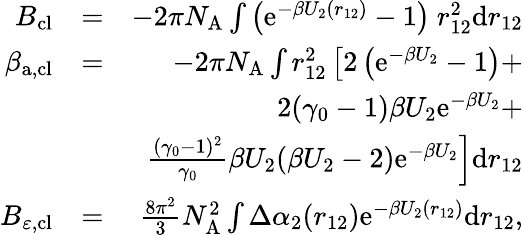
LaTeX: \begin{array}{rlr}{B_{\mathrm{cl}}}&{=}&{-2\pi N_{\mathrm{A}}\int\left(\mathrm{e}^{-\beta U_{2}(r_{12})}-1\right)~r_{12}^{2}\mathrm{d}r_{12}}\\ {\beta_{\mathrm{a,cl}}}&{=}&{-2\pi N_{\mathrm{A}}\int r_{12}^{2}\left[2\left(\mathrm{e}^{-\beta U_{2}}-1\right)+\right.}\\ &{}&{2(\gamma_{0}-1)\beta U_{2}\mathrm{e}^{-\beta U_{2}}+}\\ &{}&{\left.\frac{(\gamma_{0}-1)^{2}}{\gamma_{0}}\beta U_{2}(\beta U_{2}-2)\mathrm{e}^{-\beta U_{2}}\right]\mathrm{d}r_{12}}\\ {B_{\varepsilon,\mathrm{cl}}}&{=}&{\frac{8\pi^{2}}{3}N_{\mathrm{A}}^{2}\int\Delta\alpha_{2}(r_{12})\mathrm{e}^{-\beta U_{2}(r_{12})}\mathrm{d}r_{12},}\end{array}